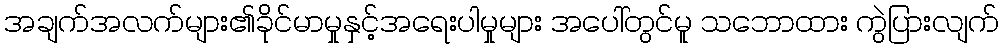
အချက်အလက်များ၏ခိုင်မာမှုနှင့်အရေးပါမှုများ အပေါ်တွင်မူ သဘောထား ကွဲပြားလျက်